Report of the Indian Hemp Drugs Commission, 1894-1895 - Volume VIII
Year: 1894
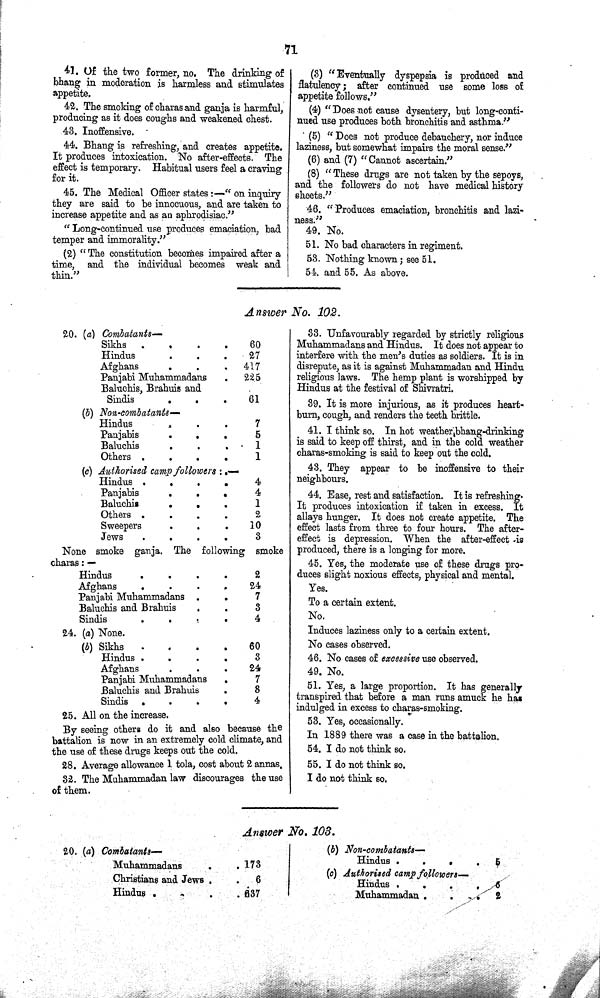
71
41. Of the two former, no. The drinking of
bhang in moderation is harmless and stimulates
appetite.
42. The smoking of charas and ganja is harmful,
producing as it does coughs and weakened chest.
43. Inoffensive.
44. Bhang is refreshing, and creates appetite.
It produces intoxication. No after-effects. The
effect is temporary. Habitual users feel a craving
for it.
45. The Medical Officer states:— "on inquiry
they are said to be innocuous, and are taken to
increase appetite and as an aphrodisiac."
"Long-continued use produces emaciation, bad
temper and immorality."
(2) "The constitution becomes impaired after a
time, and the individual becomes weak and
thin."
(3) "Eventually dyspepsia is produced and
flatulency; after continued use some loss of
appetite follows."
(4) "Does not cause dysentery, but long-conti-
nued use produces both bronchitis and asthma."
(5) "Does not produce debauchery, nor induce
laziness, but somewhat impairs the moral sense."
(6) and (7) "Cannot ascertain."
(8) "These drugs are not taken by the sepoys,
and the followers do not have medical history
sheets."
46. "Produces emaciation, bronchitis and lazi-
ness."
49. No.
51. No bad characters in regiment.
53. Nothing known; see 51.
54. and 55. As above.
Answer No. 102.
20. ( a) Combatants—
Sikhs
60
Hindus
27
Afghans
417
Panjabi Muhammadans
225
Baluchis, Brahms and
Sindis
61
(b) Non-combatants—
Hindus
7
Panjabis
5
Baluchis
1
Others
1
(c) Authorised camp followers:.—
Hindus
4
Panjabis
4
Baluchis
1
Others
2
Sweepers
10
Jews
3
None smoke ganja. The following smoke
charas: —
Hindus
2
Afghans
24
Panjabi Muhammadans
7
Baluchis and Brahuis
3
Sindis
4
24. (a) None.
(b) Sikhs
60
Hindus
3
Afghans
24
Panjabi Muhammadans
7
Baluchis and Brahuis
8
Sindis
4
25. All on the increase.
By seeing others do it and also because the
battalion is now in an extremely cold climate, and
the use of these drugs keeps out the cold.
28. Average allowance 1 tola, cost about 2 annas.
32. The Muhammadan law discourages the use
of them.
33. Unfavourably regarded by strictly religious
Muhammadans and Hindus. It does not appear to
interfere with the men's duties as soldiers. It is in
disrepute, as it is against Muhammadan and Hindu
religious laws. The hemp plant is worshipped by
Hindus at the festival of Shivratri.
39. It is more injurious, as it produces heart-
burn, cough, and renders the teeth brittle.
41. I think so. In hot weather',bhang-drinking
is said to keep off thirst, and in the cold weather
charas-smoking is said to keep out the cold.
43. They appear to be inoffensive to their
neighbours.
44. Ease, rest and satisfaction. It is refreshing.
It produces intoxication if taken in excess. It
allays hunger. It does not create appetite, The
effect lasts from three to four hours. The after-
effect is depression. When the after-effect is
produced, there is a longing for more.
45. Yes, the moderate use of these drugs pro-
duces slight noxious effects, physical and mental.
Yes.
To a certain extent.
No.
Induces laziness only to a certain extent.
No cases observed.
46. No cases of excessive use observed.
49. No.
51. Yes, a large proportion. It has generally
ranspired that before a man runs amuck he has
indulged in excess to charas-smoking.
53. Yes, occasionally.
In 1889 there was a case in the battalion.
54. I do not think so.
55. I do not think so.
I do not think so.
Answer No. 103.
20. (a) Combatants—
Muhammadans
173
Christians and Jews
6
Hindus
637
(b)
Non-combatants—
Hindus
5
(c) Authorised camp followers—
Hindus
6
Muhammadan
2